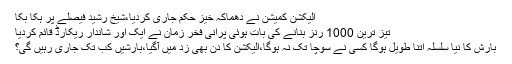
الیکشن کمیشن نے دھماکہ خیز حکم جاری کردیا،شیخ رشید فیصلے پر ہکا بکا
تیز ترین 1000 رنز بنانے کی بات ہوئی پرانی فخر زمان نے ایک اور شاندار ریکارڈ قائم کردیا
بارش کا نیا سلسلہ اتنا طویل ہوگا کسی نے سوچا تک نہ ہوگا،الیکشن کا دن بھی زد میں آگیا،بارشیں کب تک جاری رہیں گی؟